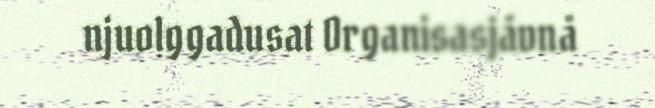
njuolggadusat Organisasjåvnå